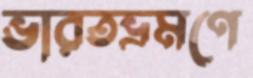
ভারতভ্রমণে